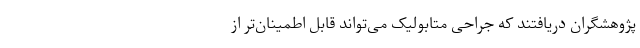
پژوهشگران دریافتند که جراحی متابولیک می‌تواند قابل ‌اطمینان‌تر از